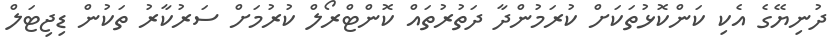
ދުނިޔޭގެ އެކި ކަންކޮޅުތަކަށް ކުރަމުންދާ ދަތުރުތައް ކޮންޓްރޯލް ކުރުމަށް ސަރުކާރު ތަކުން ޑިޖިޓަލް